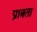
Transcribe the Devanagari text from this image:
प्रात्रता